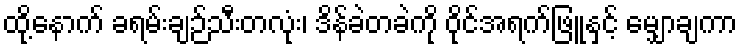
ထို့နောက် ခရမ်းချဉ်သီးတလုံး၊ ဒိန်ခဲတခဲကို ဝိုင်အရက်ဖြူနှင့် မျှောချကာ